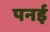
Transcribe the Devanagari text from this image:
पनई